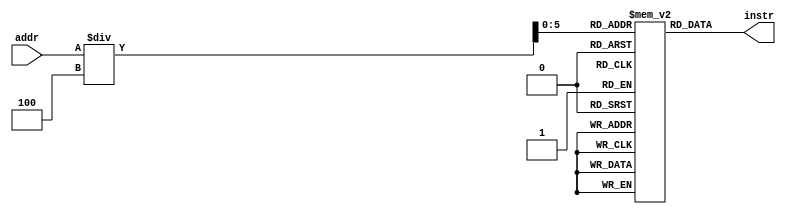
`timescale 1ns / 1ps
//////////////////////////////////////////////////////////////////////////////////
// Company: 
// Engineer: 
// 
// Design Name: 
// Module Name: Memory
// Project Name: 
// Target Devices: 
// Tool Versions: 
// Description: 
// 
// Dependencies: 
// 
// Revision:
// Revision 0.01 - File Created
// Additional Comments:
// 
//////////////////////////////////////////////////////////////////////////////////


module InstructionMemory(
	input [31:0] addr,
	output [31:0] instr
	);
   	
	reg [31:0] memory [0:63];
	//wire [5:0] index = addr[7:2];
	
	integer i = 0;
	initial
	   for(i = 0; i < 64; i= i+1)
	       memory[i] = 32'b11111111111111111111111111111111;

	initial begin
        memory[0]	= 32'b00100000000010000000000000100000;	//addi $t0, $zero, 0x20
        memory[1]	= 32'b00100000000010010000000000110111;	//addi $t1, $zero, 0x37
        memory[2]	= 32'b00000001000010011000000000100100;	//and $s0, $t0, $t1
        memory[3]	= 32'b00000001000010011000000000100101;	//or $s0, $t0, $t1
        memory[4]	= 32'b10101100000100000000000000000100;	//sw $s0, 4($zero)
        memory[5]	= 32'b10101100000010000000000000001000;	//sw $t0, 8($zero)
        memory[6]	= 32'b00000001000010011000100000100000;	//add $s1, $t0, $t1
        memory[7]	= 32'b00000001000010011001000000100010;	//sub $s2, $t0, $t1
        memory[8]	= 32'b00100000000010000000000000100000;	//addi $t0, $zero, 0x20
        memory[9]	= 32'b00100000000010000000000000100000;	//addi $t0, $zero, 0x20
        memory[10]	= 32'b00100000000010000000000000100000;	//addi $t0, $zero, 0x20
        memory[11]	= 32'b00010010001100100000000000010010;	//beq $s1, $s2, error0
        memory[12]	= 32'b10001100000100010000000000000100;	//lw $s1, 4($zero)
        memory[13]	= 32'b00110010001100100000000001001000;	//andi $s2, $s1, 0x48
        memory[14]	= 32'b00100000000010000000000000100000;	//addi $t0, $zero, 0x20
        memory[15]	= 32'b00100000000010000000000000100000;	//addi $t0, $zero, 0x20
        memory[16]	= 32'b00100000000010000000000000100000;	//addi $t0, $zero, 0x20
        memory[17]	= 32'b00010010001100100000000000001111;	//beq $s1, $s2, error1
        memory[18]	= 32'b10001100000100110000000000001000;	//lw $s3, 8($zero)
        memory[19]	= 32'b00100000000010000000000000100000;	//addi $t0, $zero, 0x20
        memory[20]	= 32'b00100000000010000000000000100000;	//addi $t0, $zero, 0x20
        memory[21]	= 32'b00100000000010000000000000100000;	//addi $t0, $zero, 0x20
        memory[22]	= 32'b00010010000100110000000000001101;	//beq $s0, $s3, error2
        memory[23]	= 32'b00000010010100011010000000101010;	//slt $s4, $s2, $s1 (Last)
        memory[24]	= 32'b00100000000010000000000000100000;	//addi $t0, $zero, 0x20
        memory[25]	= 32'b00100000000010000000000000100000;	//addi $t0, $zero, 0x20
        memory[26]	= 32'b00100000000010000000000000100000;	//addi $t0, $zero, 0x20
        memory[27]	= 32'b00010010100000000000000000001111;	//beq $s4, $0, EXIT
        memory[28]	= 32'b00000010001000001001000000100000;	//add $s2, $s1, $0
        memory[29]	= 32'b00001000000000000000000000010111;	//j Last
        memory[30]	= 32'b00100000000010000000000000000000;	//addi $t0, $0, 0(error0)
        memory[31]	= 32'b00100000000010010000000000000000;	//addi $t1, $0, 0
        memory[32]	= 32'b00001000000000000000000000111111;	//j EXIT
        memory[33]	= 32'b00100000000010000000000000000001;	//addi $t0, $0, 1(error1)
        memory[34]	= 32'b00100000000010010000000000000001;	//addi $t1, $0, 1
        memory[35]	= 32'b00001000000000000000000000111111;	//j EXIT
        memory[36]	= 32'b00100000000010000000000000000010;	//addi $t0, $0, 2(error2)
        memory[37]	= 32'b00100000000010010000000000000010;	//addi $t1, $0, 2
        memory[38]	= 32'b00001000000000000000000000111111;	//j EXIT
        memory[39]	= 32'b00100000000010000000000000000011;	//addi $t0, $0, 3(error3)
        memory[40]	= 32'b00100000000010010000000000000011;	//addi $t1, $0, 3
        memory[41]	= 32'b00001000000000000000000000111111;	//j EXIT
	end
	
	assign instr = memory[addr/4];
	
endmodule


module DataMemory(
    input clk,
    input [31:0] addr,
    input memRd, memWr,
    input [31:0] wrData,
    output [31:0] rdData);

	reg [31:0] mem [0:63];
	reg [5:0] i;
	
	initial
	   for (i=0; i<32;i=i+1) mem[i] = 32'b0;
	
	always @(posedge clk)
        if (memWr) mem[addr] = wrData;
    
    assign rdData = memRd ? mem[addr] : 32'b0;
    
endmodule